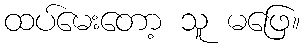
ထပ်မေးတော့ သူ မဖြေ။